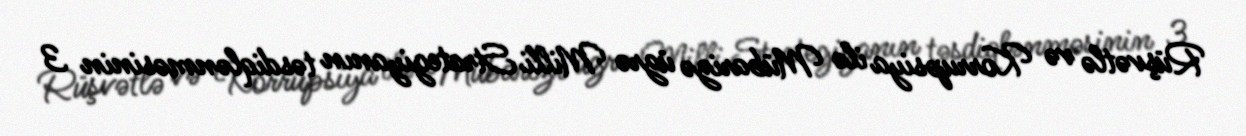
Rüşvətlə və Korrupsiya ilə Mübarizə üzrə Milli Strategiyanın təsdiqlənməsinin 3